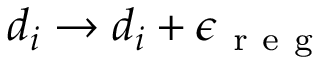
d _ { i } \to d _ { i } + \epsilon _ { \mathrm { ~ r ~ e ~ g ~ } }